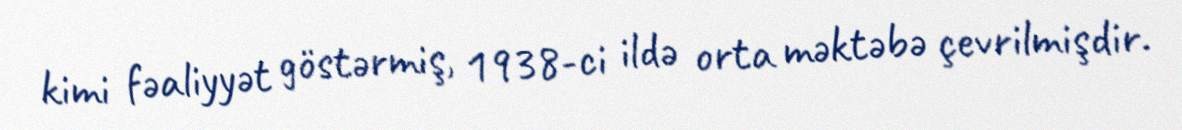
kimi fəaliyyət göstərmiş, 1938-ci ildə orta məktəbə çevrilmişdir.